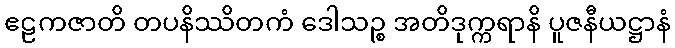
ဧဠကဇာတိ တပနိဿိတကံ ဒေါသဉ္စ အတိဒုက္ကရာနိ ပူဇနီယဋ္ဌာနံ